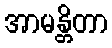
အာမန္တိတာ